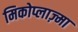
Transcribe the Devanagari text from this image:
मिकोप्लाज़्मा